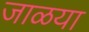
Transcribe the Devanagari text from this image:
जाळया